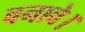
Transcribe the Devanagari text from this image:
बनावे।